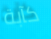
كآبة